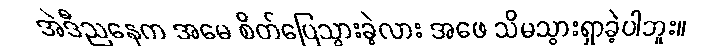
အဲဒီညနေက အမေ စိတ်ပြေသွားခဲ့လား အဖေ သိမသွားရှာခဲ့ပါဘူး။